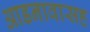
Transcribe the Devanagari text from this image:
आडनावासह